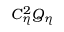
C _ { \eta } ^ { 2 } Q _ { \eta }